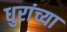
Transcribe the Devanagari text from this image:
धुरांच्या